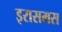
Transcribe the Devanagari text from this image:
इरासमस